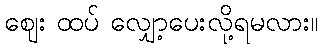
ဈေး ထပ် လျှော့ပေးလို့ရမလား။